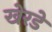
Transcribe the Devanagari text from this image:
खेरडे